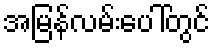
အမြန်လမ်းပေါ်တွင်